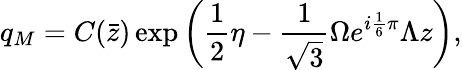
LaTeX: q_{M}=C(\bar{z})\exp\left(\frac{1}{2}\eta-\frac{1}{\sqrt{3}}\Omega e^{i\frac{1}{6}\pi}\Lambda z\right),